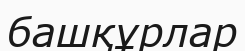
башқұрлар